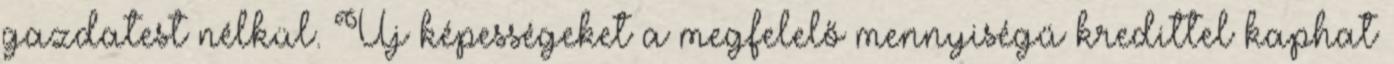
gazdatest nélkül. Új képességeket a megfelelő mennyiségű kredittel kaphat